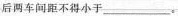
后两车间距不得小于___。